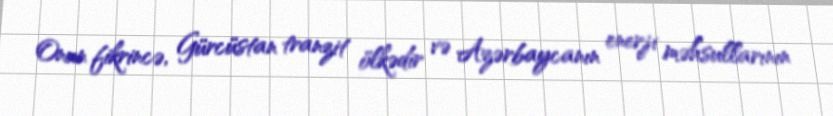
Onun fikrincə, Gürcüstan tranzit ölkədir və Azərbaycanın enerji məhsullarının